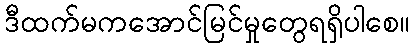
ဒီထက်မကအောင်မြင်မှုတွေရရှိပါစေ။